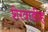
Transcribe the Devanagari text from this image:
शेरवाडीह